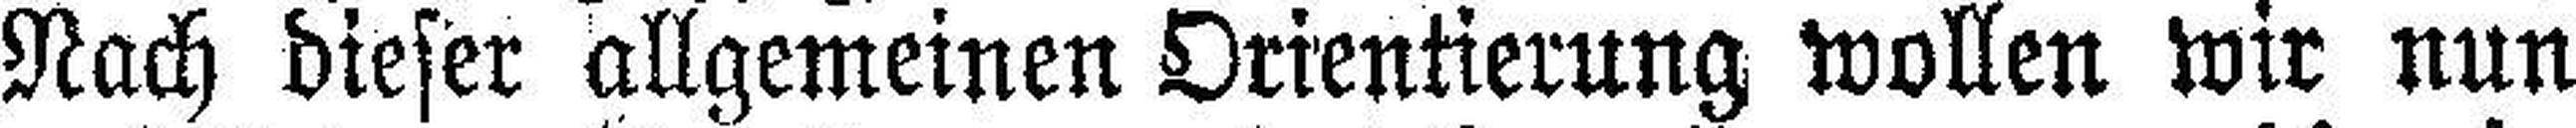
Nach dieser allgemeinen Orientierung wollen wir nun